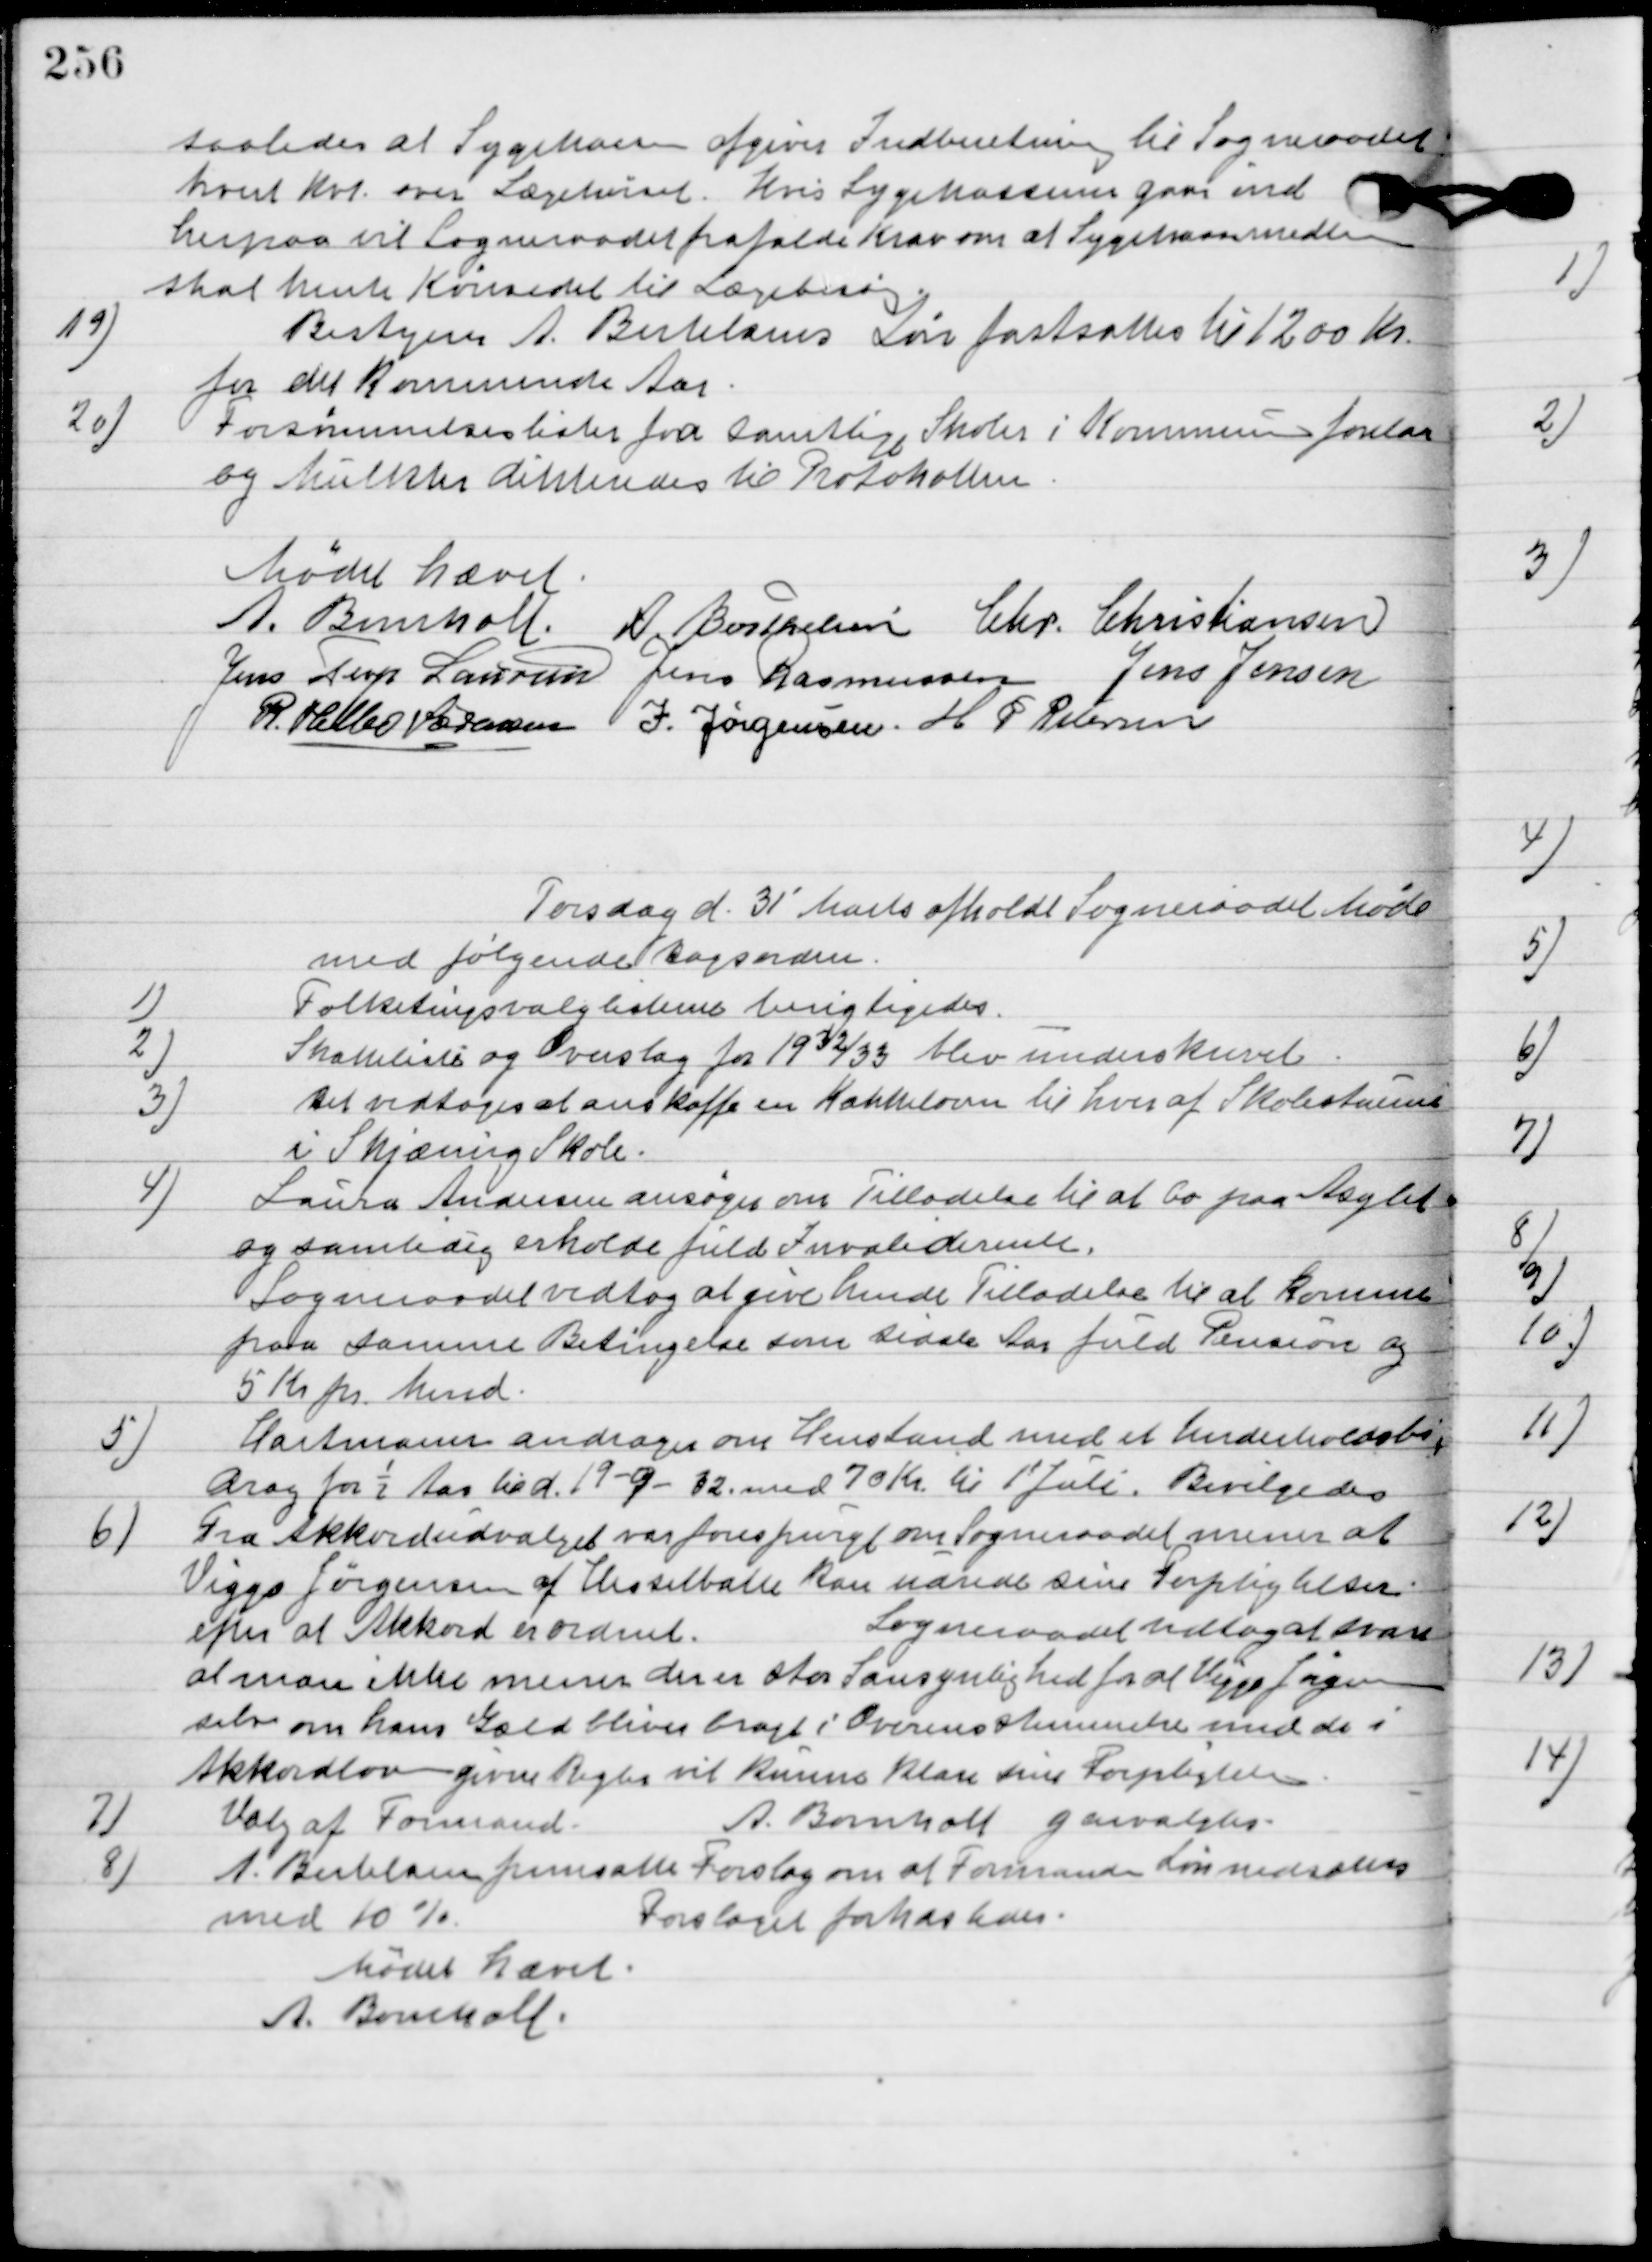
Transskription:
Saaledes at Sygekassen afgiver Indberetning til Sogneraadet
 hvert Kvt. om Lægekørsel. Hvis Sygekassens gaar ind
herpaa vil Sogneraadet frafalde Krav om at Sygekassemedlemmer
skal hente Køresedel til Lægebesøg.

19

Bestyrer A. Berthelsens Løn fastsattes til 1200 Kr.
for det Kommende Aar.

20

Forsømmelseslister for samtlige Skoler i Kommunen forelaa
og Mulkter dikteredes til Protokollen.

Mødet hævet.

A Bomholt
A. Berthelsen
Chr. Christiansen
Jens Terp Laursen
Jens Rasmussen
Jens Jensen
R. Helbo Sørensen
I. Jørgensen
H. P. Pedersen

Torsdag d. 31´ Marts afholdt Sogneraadet Møde
hvor følgende Sager behandledes.

1

Folketingsvalglisterne berigtigedes.

2.

Skattelister og Overslag for 1932/33 blev underskrevet.

3

Det vedtoges at anskaffe en Kakkelovn til hver af skolestuerne
i Skjæring Skole.

4

Laura Andersen ansøger om tilladelse til at bo paa Asylet
og samtidig erholde fuld invalide rente.
Sogneraadet vedtog at give hende tilladelse til at komme
paa samme Betingelse som sidste Aar fuld Pension og
5 Kr. pr. Mnd.

5

Hartmann andrager om henstand med et Underholdsbi-
drag for ½ Aar tid. 19-9-12. med 70 Kr. til 1´ Juli.
Bevilgedes.

6

Fra Akkordudvalget var forespurgt om Sogneraadet menes at
Viggo jørgsen af Hesselballe kan undre sine Forpligtelser
efter at Akkorden nordmt.
Sogneraadet vedtog at svare
 at man ikke mener den er stor sandsynlighed for at Viggo Jørgensen
selv om hans Gæld bliver bragt i Overensstemmelse med de i
Akkordlovgivne Regler vil kunne klare sine Forpligtelser.

7.

Valg af formand.
A. Bomholt genvalgtes.

8

A. Berthelsen fremsatte Forslag om at formanden Løn nedsættes
med 10 %
Forslaget forkastedes.

Mødet hævet.

A. Bomholt.